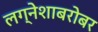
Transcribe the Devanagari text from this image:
लग्नेशाबरोबर